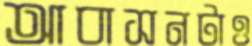
আবাসনটাও